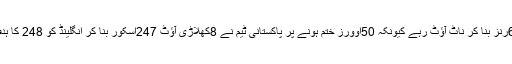
عمر گُل 6رنز بنا کر ناٹ آؤٹ رہے کیونکہ 50اَوورز ختم ہونے پر پاکستانی ٹیم نے 8کھلاڑی آؤٹ 247اسکور بنا کر انگلینڈ کو 248 کا ہدف دیا تھا۔